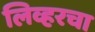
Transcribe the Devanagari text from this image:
लिव्हरचा